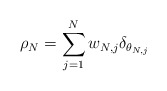
\begin{align*}\rho_N = \sum_{j=1}^{N} w_{N,j} \delta_{\theta_{N,j}}\end{align*}